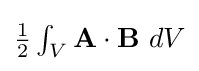
{\textstyle {\frac {1}{2}}\int _{V}{\mathbf {A} }\cdot {\mathbf {B} }\ dV}